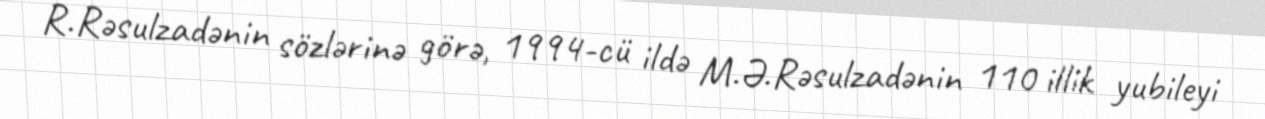
R.Rəsulzadənin sözlərinə görə, 1994-cü ildə M.Ə.Rəsulzadənin 110 illik yubileyi